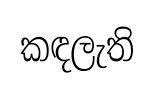
කඳලැති